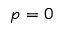
p = 0